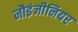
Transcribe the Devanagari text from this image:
नौइंजीनियर